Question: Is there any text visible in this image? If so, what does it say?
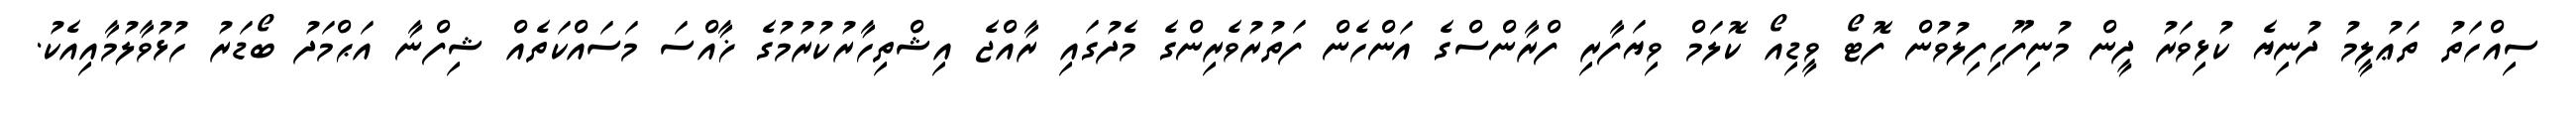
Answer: ސިއްހަތު ތަޢުލީމު ދުނިޔެ ކުޅިވަރު ދީން މުނިފޫހިފިލުވުން ފޮޓޯ ވީޑިއޯ ކޮލަމް ވިޔަފާރި ފްރާންސްގެ އަންހެން ފަތުރުވެރިންގެ މެދުގައި ރާއްޖެ އިޝްތިހާރުކުރުމުގެ ޚާއްސަ މަސައްކަތެއް ޝިފްނާ އަޙްމަދު ބޯޑަރު ހުޅުވާލުމާއިއެކު.